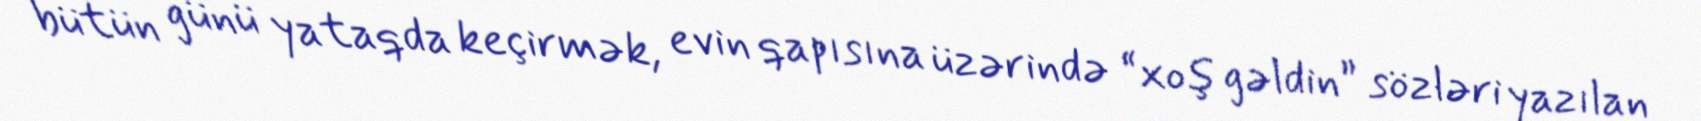
bütün günü yataqda keçirmək, evin qapısına üzərində “xoş gəldin” sözləri yazılan